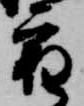
宿